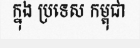
ក្នុង ប្រទេស កម្ពុជា